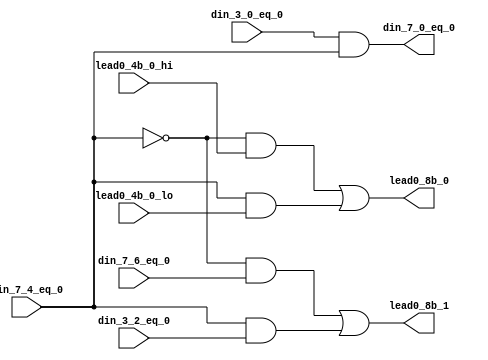
// Modified by Princeton University on June 9th, 2015
// ========== Copyright Header Begin ==========================================
// 
// OpenSPARC T1 Processor File: fpu_cnt_lead0_lvl2.v
// Copyright (c) 2006 Sun Microsystems, Inc.  All Rights Reserved.
// DO NOT ALTER OR REMOVE COPYRIGHT NOTICES.
// 
// The above named program is free software; you can redistribute it and/or
// modify it under the terms of the GNU General Public
// License version 2 as published by the Free Software Foundation.
// 
// The above named program is distributed in the hope that it will be 
// useful, but WITHOUT ANY WARRANTY; without even the implied warranty of
// MERCHANTABILITY or FITNESS FOR A PARTICULAR PURPOSE.  See the GNU
// General Public License for more details.
// 
// You should have received a copy of the GNU General Public
// License along with this work; if not, write to the Free Software
// Foundation, Inc., 51 Franklin St, Fifth Floor, Boston, MA 02110-1301, USA.
// 
// ========== Copyright Header End ============================================
///////////////////////////////////////////////////////////////////////////////
//
//	2nd level of lead 0 counters.  Lead 0 count for 8 bits.
//
///////////////////////////////////////////////////////////////////////////////

module fpu_cnt_lead0_lvl2 (
	din_7_4_eq_0,
	din_7_6_eq_0,
	lead0_4b_0_hi,
	din_3_0_eq_0,
	din_3_2_eq_0,
	lead0_4b_0_lo,

	din_7_0_eq_0,
	lead0_8b_1,
	lead0_8b_0
);


input		din_7_4_eq_0;		// data in[7:4] is zero
input		din_7_6_eq_0;		// data in[7:6] is zero
input		lead0_4b_0_hi;		// bit[0] of lead 0 count- data in[7:4]
input		din_3_0_eq_0;		// data in[3:0] is zero
input		din_3_2_eq_0;		// data in[3:2] is zero
input		lead0_4b_0_lo;		// bit[0] of lead 0 count- data in[3:0]

output		din_7_0_eq_0;		// data in[7:0] is zero
output		lead0_8b_1;		// bit[1] of lead 0 count
output		lead0_8b_0;		// bit[0] of lead 0 count

wire		din_7_0_eq_0;
wire		lead0_8b_1;
wire		lead0_8b_0;


assign din_7_0_eq_0= din_3_0_eq_0 && din_7_4_eq_0;

assign lead0_8b_1= ((!din_7_4_eq_0) && din_7_6_eq_0)
		|| (din_7_4_eq_0 && din_3_2_eq_0);

assign lead0_8b_0= ((!din_7_4_eq_0) && lead0_4b_0_hi)
		|| (din_7_4_eq_0 && lead0_4b_0_lo);


endmodule